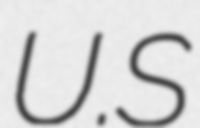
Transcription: U.S